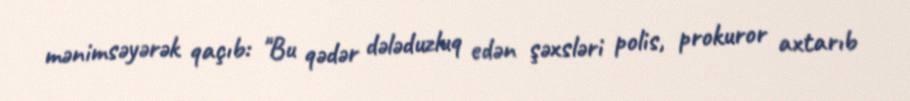
mənimsəyərək qaçıb: "Bu qədər dələduzluq edən şəxsləri polis, prokuror axtarıb